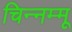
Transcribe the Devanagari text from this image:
चिन्‍नम्‍मू